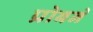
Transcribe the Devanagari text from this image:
प्रोबने